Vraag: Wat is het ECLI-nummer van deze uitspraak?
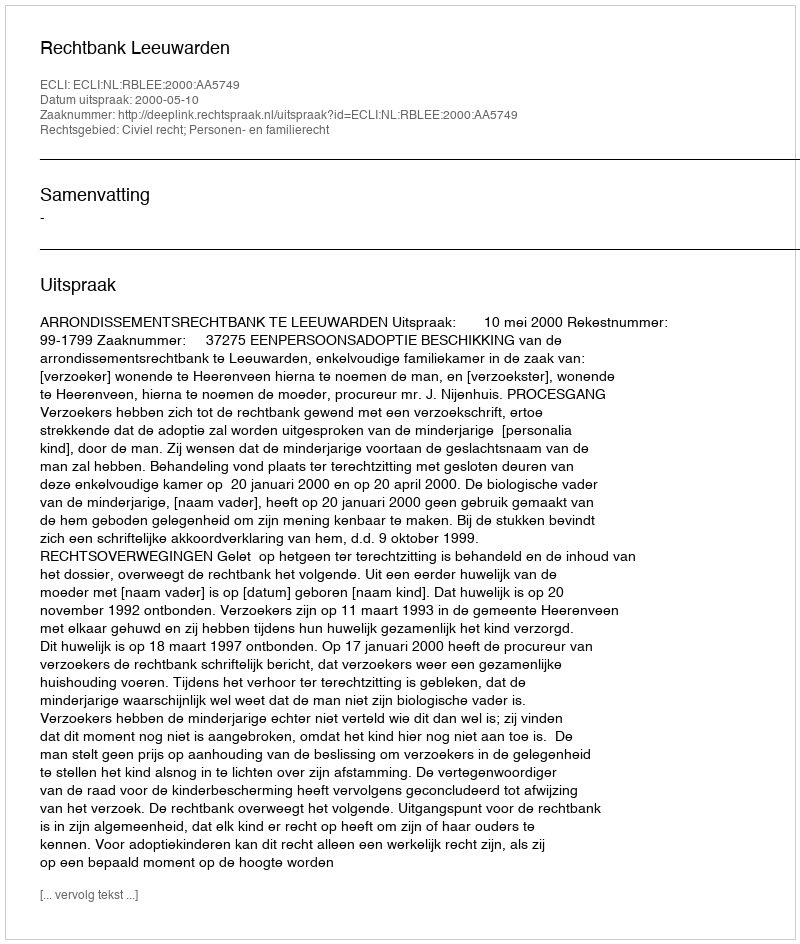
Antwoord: ECLI:NL:RBLEE:2000:AA5749